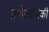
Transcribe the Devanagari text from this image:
प्रणेत्यांपैकी